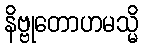
နိဗ္ဗုတောဟမသ္မိ